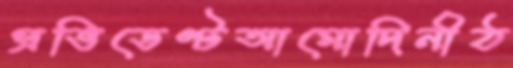
প্রভিডেণ্টআমোদিনীঠ